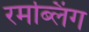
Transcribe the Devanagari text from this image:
रमब्लिंग